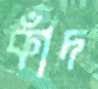
কাঁদ